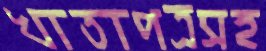
খাতাপত্রসহ